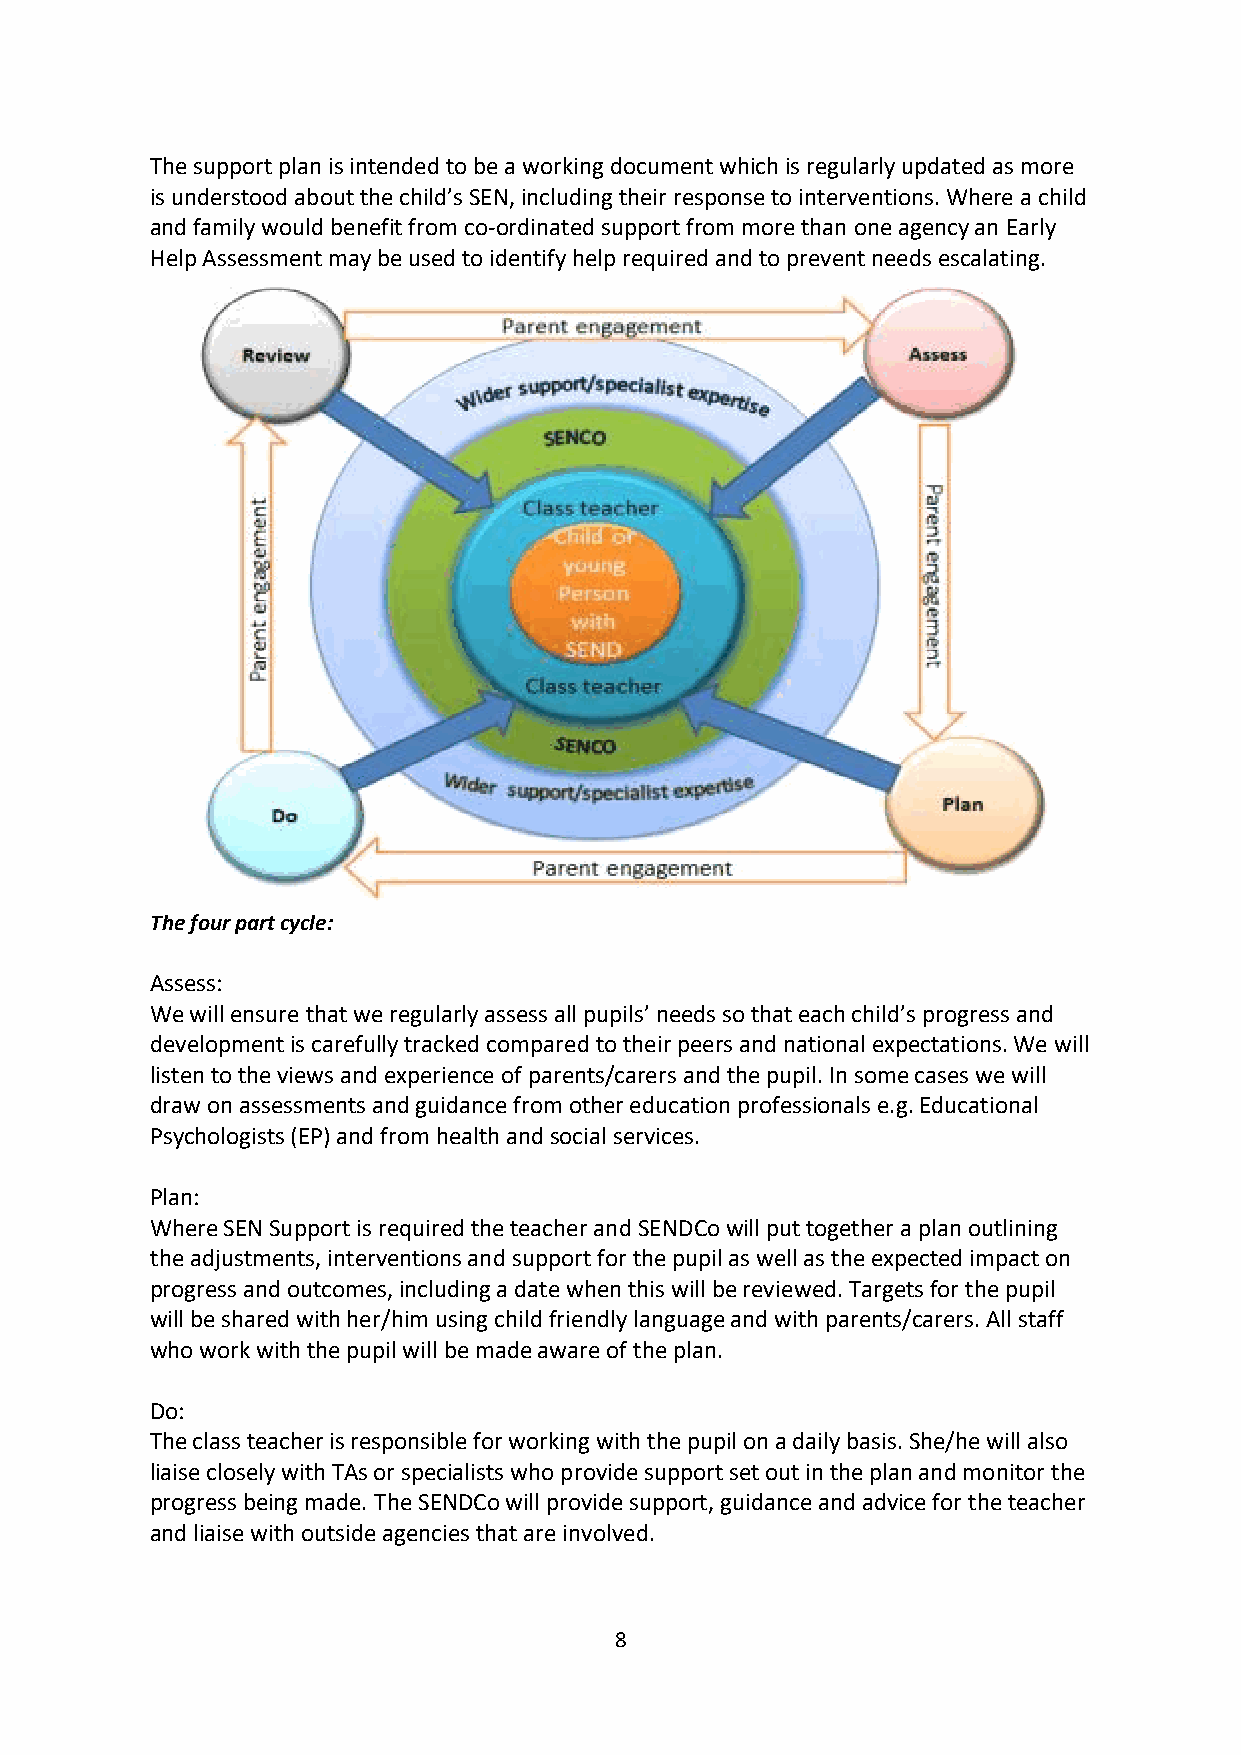
The support plan is intended to be a working document which is regularly updated as more
 is understood about the child’s SEN, including their response to interventions. Where a child
 and family would benefit from co-ordinated support from more than one agency an Early
 Help Assessment may be used to identify help required and to prevent needs escalating.
 The four part cycle:
 Assess:
 We will ensure that we regularly assess all pupils’ needs so that each child’s progress and
 development is carefully tracked compared to their peers and national expectations. We will
 listen to the views and experience of parents/carers and the pupil. In some cases we will
 draw on assessments and guidance from other education professionals e.g. Educational
 Psychologists (EP) and from health and social services.
 Plan:
 Where SEN Support is required the teacher and SENDCo will put together a plan outlining
 the adjustments, interventions and support for the pupil as well as the expected impact on
 progress and outcomes, including a date when this will be reviewed. Targets for the pupil
 will be shared with her/him using child friendly language and with parents/carers. All staff
 who work with the pupil will be made aware of the plan.
 Do:
 The class teacher is responsible for working with the pupil on a daily basis. She/he will also
 liaise closely with TAs or specialists who provide support set out in the plan and monitor the
 progress being made. The SENDCo will provide support, guidance and advice for the teacher
 and liaise with outside agencies that are involved.
 8